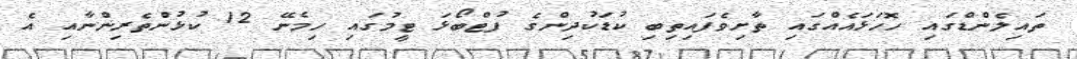
ތައިލެންޑްގައި ހޮހަޅައެއްގައި ތާށިވެފައިތިބި ކުޑަކުދިންގެ ފުޓްބޯޅަ ޓީމުގައި ހިމެނޭ 12 ކުޅުންތެރިންނާއި އެ